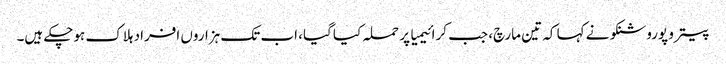
پیترو پوروشنکو نے کہا کہ تین مارچ، جب کرائیمیا پر حملہ کیا گیا، اب تک ہزاروں افراد ہلاک ہوچکے ہیں۔